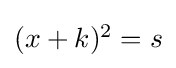
\textstyle (x+k)^{2}=s